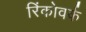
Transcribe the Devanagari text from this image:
रिंकोवर्क